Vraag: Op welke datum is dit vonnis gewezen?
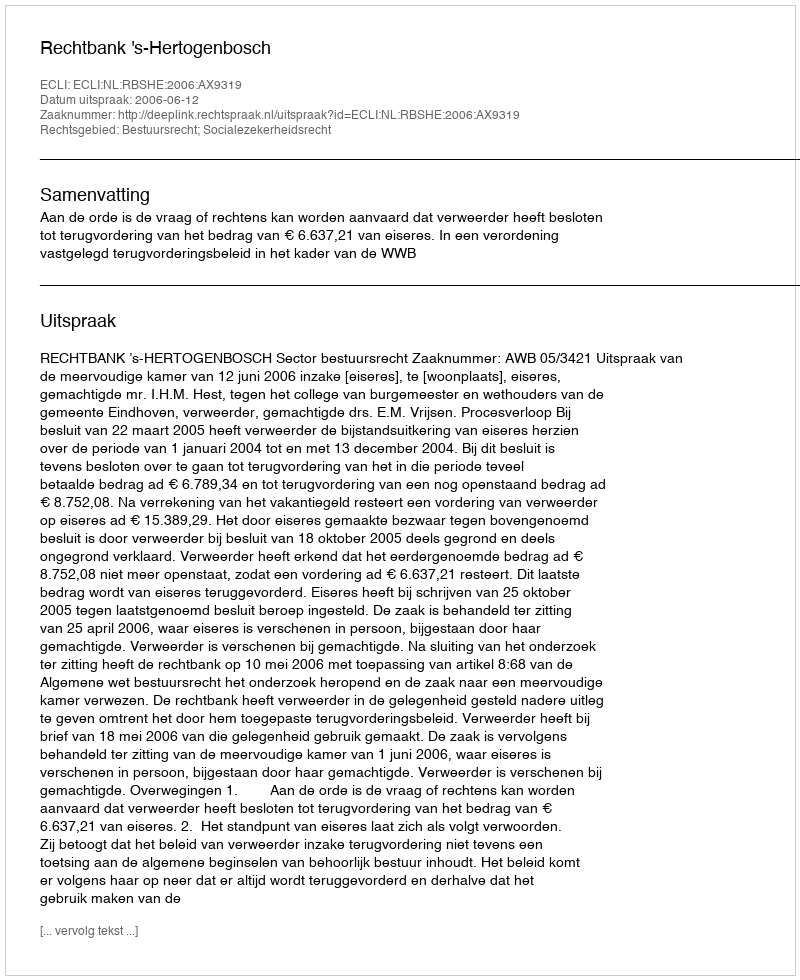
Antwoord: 2006-06-12